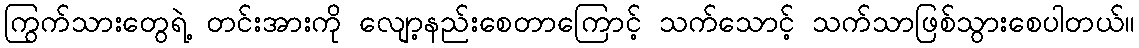
ကြွက်သားတွေရဲ့ တင်းအားကို လျော့နည်းစေတာကြောင့် သက်သောင့် သက်သာဖြစ်သွားစေပါတယ်။